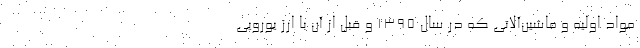
مواد اولیه و ماشین‌آلاتی که در سال ۱۳۹۵ و قبل از آن با ارز یورویی